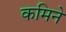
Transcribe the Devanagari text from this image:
कमिने